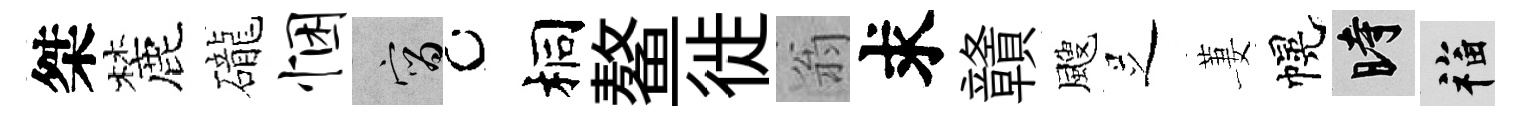
桀麓礲悃宵桐鳌徙翁求贛颼𠯁萋幌时福